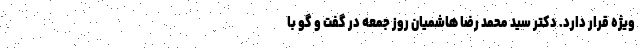
ویژه قرار دارد. دکتر سید محمد رضا هاشمیان روز جمعه در گفت و گو با